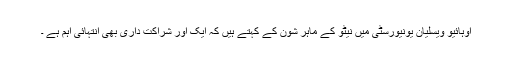
اوہائیو ویسلیان یونیورسٹی میں نیٹو کے ماہر شون کے کہتے ہیں کہ ایک اور شراکت داری بھی انتہائی اہم ہے ۔